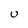
Character: U